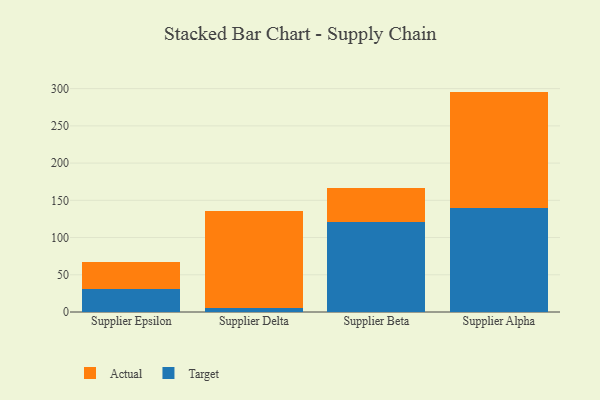
{"axis": {"x": "Supplier", "y": "Waste Production (Tons)"}, "legend": ["Actual", "Target"], "data": [{"x": "Supplier Epsilon", "y": 30.7, "type": "Target"}, {"x": "Supplier Epsilon", "y": 37.0, "type": "Actual"}, {"x": "Supplier Delta", "y": 5.4, "type": "Target"}, {"x": "Supplier Delta", "y": 130.2, "type": "Actual"}, {"x": "Supplier Beta", "y": 121.2, "type": "Target"}, {"x": "Supplier Beta", "y": 45.2, "type": "Actual"}, {"x": "Supplier Alpha", "y": 139.9, "type": "Target"}, {"x": "Supplier Alpha", "y": 156.1, "type": "Actual"}]}